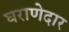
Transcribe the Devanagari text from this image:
घराणेदार